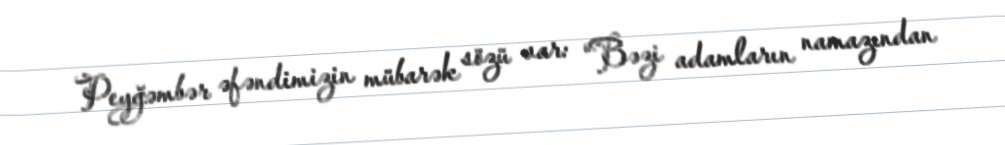
Peyğəmbər əfəndimizin mübarək sözü var: “Bəzi adamların namazından